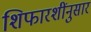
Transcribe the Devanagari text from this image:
शिफारशींनुसार